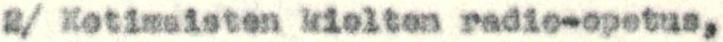
2/ Kotimaisten kielten radio-opetus,